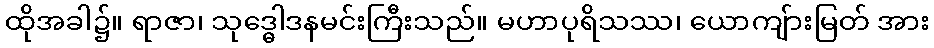
ထိုအခါ၌။ ရာဇာ၊ သုဒ္ဓေါဒနမင်းကြီးသည်။ မဟာပုရိသဿ၊ ယောကျ်ားမြတ် အား